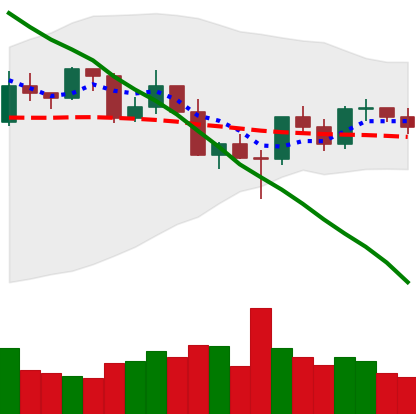
Ticker: XRP-USD
Chart end date: 2022-03-03
Forward return: -4.149%
Label: down_3_5